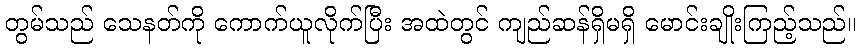
တွမ်သည် သေနတ်ကို ကောက်ယူလိုက်ပြီး အထဲတွင် ကျည်ဆန်ရှိမရှိ မောင်းချိုးကြည့်သည်။